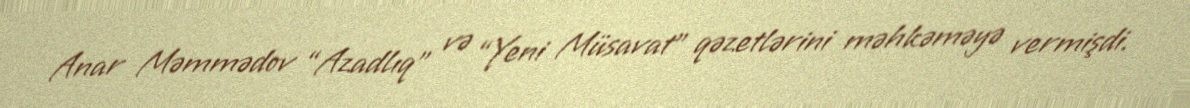
Anar Məmmədov “Azadlıq” və “Yeni Müsavat” qəzetlərini məhkəməyə vermişdi.